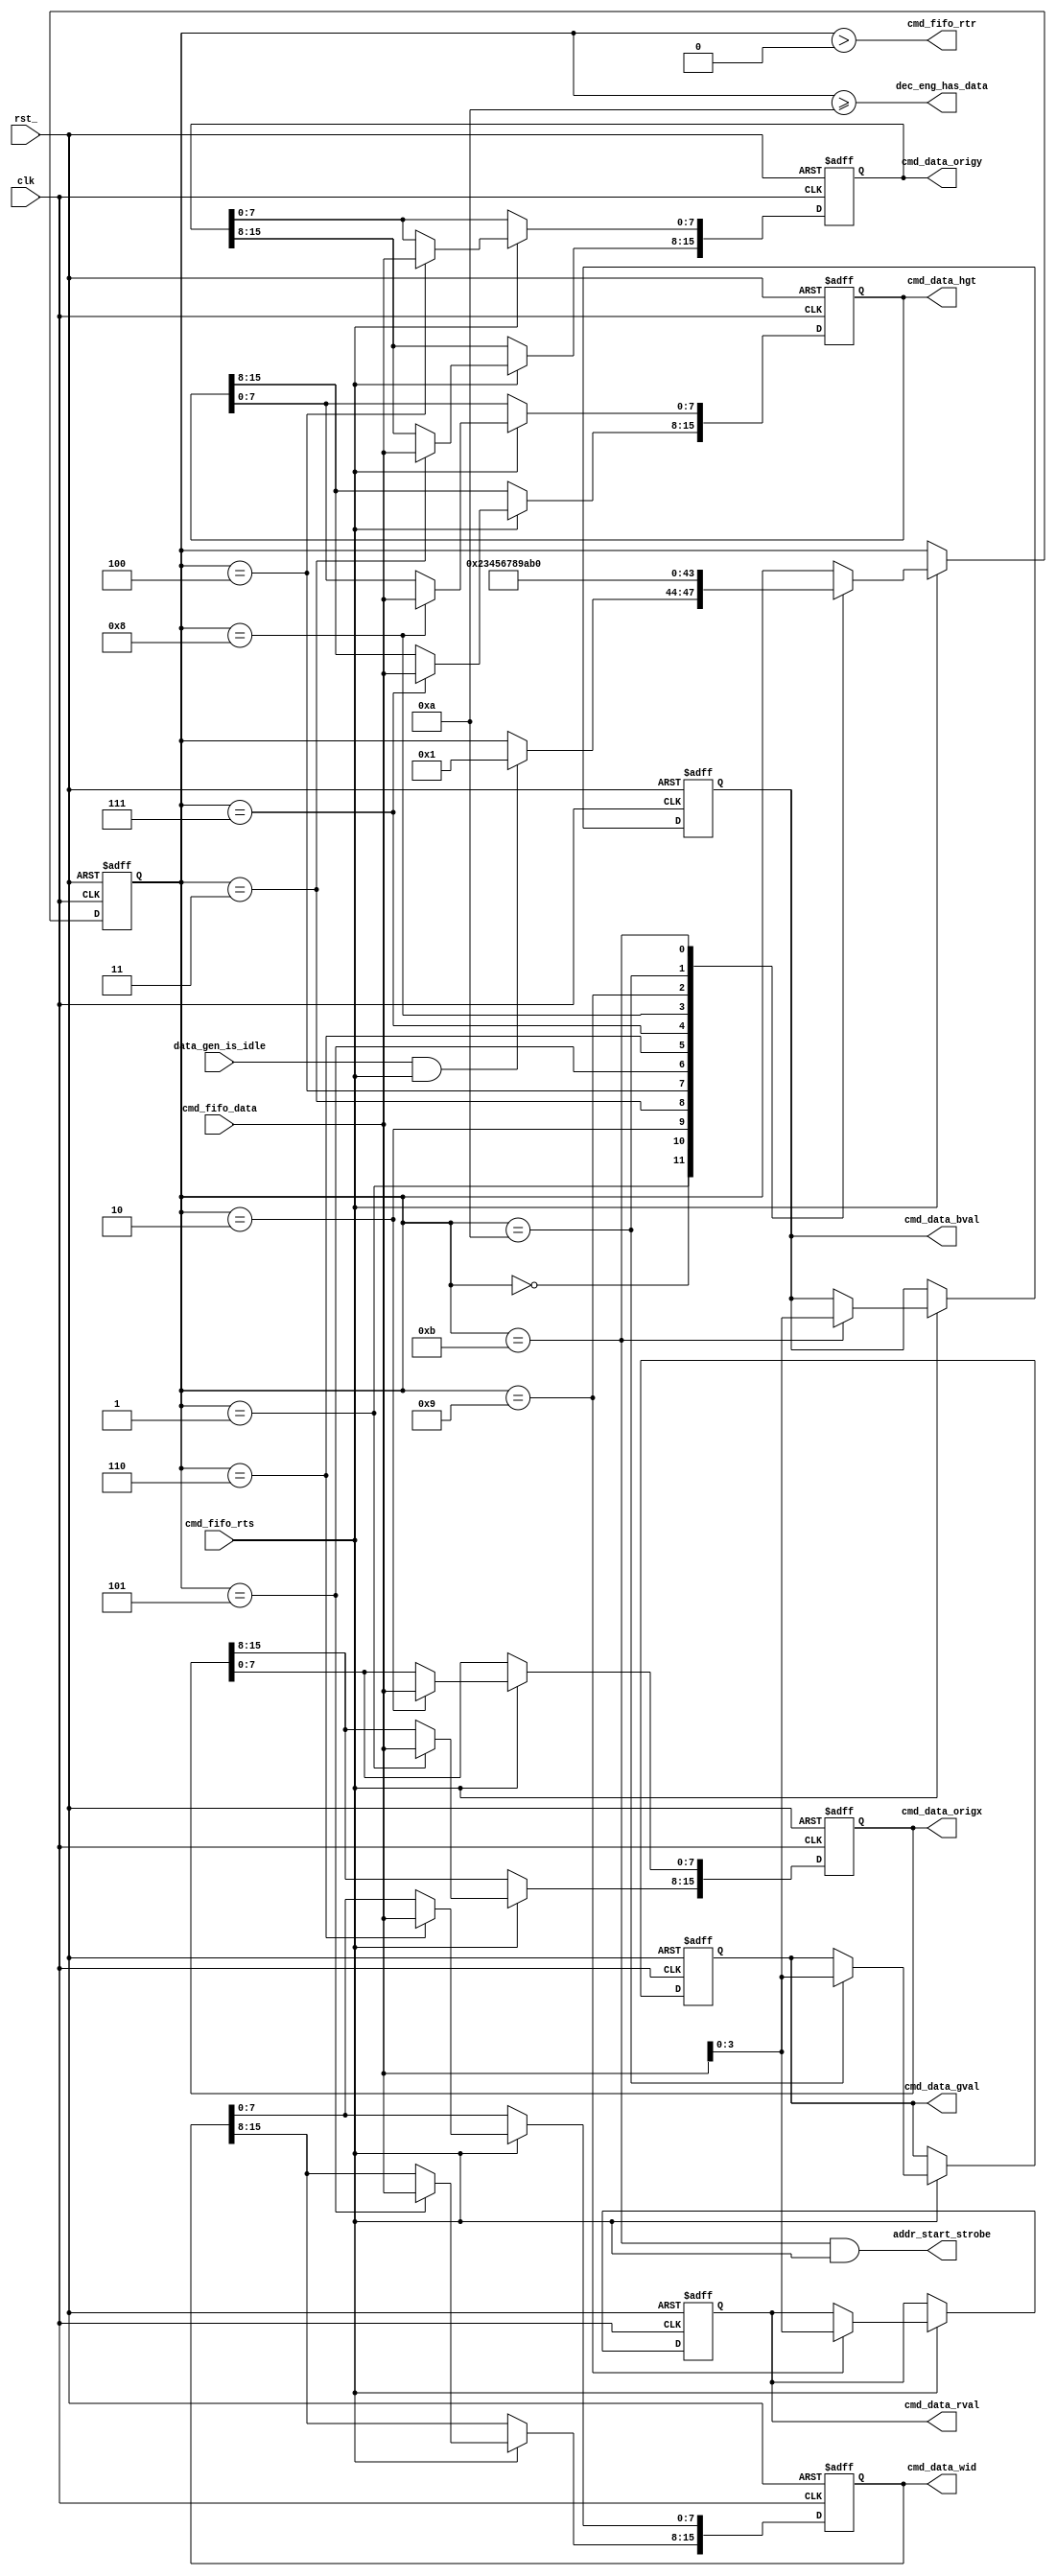
`timescale 1ns / 1ps
`define DECODE_STATE_IDLE       0
`define DECODE_STATE_ORIGX_B1   1
`define DECODE_STATE_ORIGX_B2   2
`define DECODE_STATE_ORIGY_B1   3
`define DECODE_STATE_ORIGY_B2   4
`define DECODE_STATE_WID_B1     5
`define DECODE_STATE_WID_B2     6
`define DECODE_STATE_HGT_B1     7
`define DECODE_STATE_HGT_B2     8
`define DECODE_STATE_R          9
`define DECODE_STATE_G          10
`define DECODE_STATE_B          11

module fill_rect_decode_engine(
    input               clk,
    input               rst_,
    // Pipeline Stall Interface
    input               data_gen_is_idle,
    output              dec_eng_has_data,
    // Command Fifo Interface
    output              cmd_fifo_rtr,
    input               cmd_fifo_rts,
    input       [7:0]   cmd_fifo_data,
    // Command Field Data Interface
    output  reg [15:0]  cmd_data_origx,
    output  reg [15:0]  cmd_data_origy,
    output  reg [15:0]  cmd_data_wid,
    output  reg [15:0]  cmd_data_hgt,
    output  reg [3:0]   cmd_data_rval,
    output  reg [3:0]   cmd_data_gval,
    output  reg [3:0]   cmd_data_bval,
    output              addr_start_strobe
    );

    reg     [1:0]   rgb_idx;
    reg     [3:0]   dec_state;
    wire            cmd_fifo_xfc;
    wire            decode_sm_start_cond;
   
    always @(posedge clk or negedge rst_)
    begin
        if (!rst_)
        begin
            // reset logic
            rgb_idx <= 2'b00;
            cmd_data_origx <= 16'h00;
            cmd_data_origy <= 16'h00;
            cmd_data_wid <=  16'h00;
            cmd_data_hgt <= 16'h00;
            cmd_data_rval <= 4'h0;
            cmd_data_bval <= 4'h0;
            cmd_data_gval <= 4'h0;
            //cmd_fifo_rtr <= 1'b0;
            //addr_start_strobe <= 1'b0;
            
            dec_state <= `DECODE_STATE_IDLE;
        end
        else
        begin

            // For the generator to begin outputting addresses and data the arbiter must
            // be ready to recieve and the fifo must be ready to send
            if (cmd_fifo_rts)//arb_rtr && stall_on_decode_await)// && cmd_fifo_rts)
            begin
                // ----------------- Decode Instruction State Machine
                case (dec_state)
                    `DECODE_STATE_IDLE:
                    begin
                        //addr_start_strobe <= 1'b0;
                        if (decode_sm_start_cond)
                        begin
                            dec_state <= `DECODE_STATE_ORIGX_B1;
                            
                        end
                    end
                    `DECODE_STATE_ORIGX_B1:
                    begin
                        // Store X origin data
                        cmd_data_origx[15:8] <= cmd_fifo_data;

                        // Initiate Calculation State machine to begin calculating
                        // row index addresses from the X origin data
                        dec_state <= `DECODE_STATE_ORIGX_B2;
                    end
                    `DECODE_STATE_ORIGX_B2:
                    begin
                        cmd_data_origx[7:0] <= cmd_fifo_data;
                        dec_state <= `DECODE_STATE_ORIGY_B1;
                    end
                    `DECODE_STATE_ORIGY_B1:
                    begin
                        // Store y origin data
                        cmd_data_origy[15:8] <= cmd_fifo_data;
                        dec_state <= `DECODE_STATE_ORIGY_B2;
                    end
                    `DECODE_STATE_ORIGY_B2:
                    begin
                        cmd_data_origy[7:0] <= cmd_fifo_data;
                        dec_state <= `DECODE_STATE_WID_B1;
                    end
                    `DECODE_STATE_WID_B1:
                    begin
                        // Store width of box
                        cmd_data_wid[15:8] <= cmd_fifo_data;
                        dec_state <= `DECODE_STATE_WID_B2;
                    end
                    `DECODE_STATE_WID_B2:
                    begin
                        cmd_data_wid[7:0] <= cmd_fifo_data;
                        dec_state <= `DECODE_STATE_HGT_B1;
                    end
                    `DECODE_STATE_HGT_B1:
                    begin
                        // Store hight of box
                        cmd_data_hgt[15:8] <= cmd_fifo_data;
                        dec_state <= `DECODE_STATE_HGT_B2;
                    end
                    `DECODE_STATE_HGT_B2:
                    begin
                        cmd_data_hgt[7:0] <= cmd_fifo_data;
                        dec_state <= `DECODE_STATE_R;
                    end
                    `DECODE_STATE_R:
                    begin
                        // Store R pixel data
                        cmd_data_rval <=  cmd_fifo_data;
                        dec_state <= `DECODE_STATE_G;
                    end
                    `DECODE_STATE_G:
                    begin
                        // Store G pixel value
                        cmd_data_gval <= cmd_fifo_data;
                        dec_state <= `DECODE_STATE_B;
                    end
                    `DECODE_STATE_B:
                    begin
                        //if (!addr_start_strobe)
                        //begin
                        //addr_start_strobe <= 1'b1;
                            // Store B pixel value
                        cmd_data_bval <= cmd_fifo_data;                       
                        //end
                        //else
                        //begin
                        //addr_start_strobe <= 1'b0;
                        // Done parsing a command
                        dec_state <= `DECODE_STATE_IDLE;
                        //end
                    end
                endcase
            end
        end
    end
    
    reg [3:0]   fifo_counter;
    always @(posedge clk or negedge rst_)
    begin
        if (!rst_)
        begin
            fifo_counter <= 4'h0;
        end
        else
        begin
            if (cmd_fifo_xfc)
            begin
                fifo_counter <= fifo_counter + 1'b1;
            end
        end
    end
    
    
    //assign addr_start_strobe = (dec_state == `DECODE_STATE_B);

    assign cmd_fifo_xfc = cmd_fifo_rtr;
    
    assign dec_eng_has_data = (dec_state >= `DECODE_STATE_G); 
    assign decode_sm_start_cond = data_gen_is_idle & cmd_fifo_rts;
    
    assign cmd_fifo_rtr = (dec_state > `DECODE_STATE_IDLE);
    
    assign addr_start_strobe = (dec_state == `DECODE_STATE_B) & (cmd_fifo_rts);
endmodule